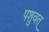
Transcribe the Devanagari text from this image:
पशुवत्